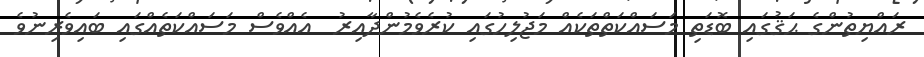
ރައްޔިތުންގެ ޙަޤުގައި ބޮޑަތި މަސައްކަތްތަކެއް މަޖުލިހުގައި ކުރެވެމުންދާއިރު  އެއްވެސް މަސައްކަތެއްގައި ބައިވެރިނުވެ